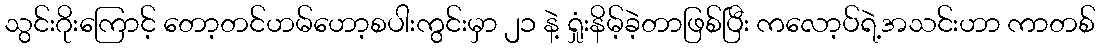
သွင်းဂိုးကြောင့် တော့တင်ဟမ်ဟော့စပါးကွင်းမှာ ၂၁ နဲ့ ရှုံးနိမ့်ခဲ့တာဖြစ်ပြီး ကလော့ပ်ရဲ့အသင်းဟာ ကာတစ်